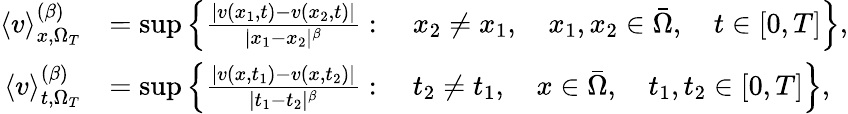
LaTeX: \begin{array}{rl}{\langle v\rangle_{x,\Omega_{T}}^{(\beta)}}&{=\operatorname*{sup}\Big\{ \frac{|v(x_{1},t)-v(x_{2},t)|}{|x_{1}-x_{2}|^{\beta}}:\quad x_{2}\neq x_{1},\quad x_{1},x_{2}\in\bar{\Omega},\quad t\in[0,T]\Big\} ,}\\ {\langle v\rangle_{t,\Omega_{T}}^{(\beta)}}&{=\operatorname*{sup}\Big\{ \frac{|v(x,t_{1})-v(x,t_{2})|}{|t_{1}-t_{2}|^{\beta}}:\quad t_{2}\neq t_{1},\quad x\in\bar{\Omega},\quad t_{1},t_{2}\in[0,T]\Big\} ,}\end{array}